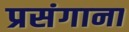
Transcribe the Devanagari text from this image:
प्रसंगाना